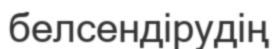
белсендірудің